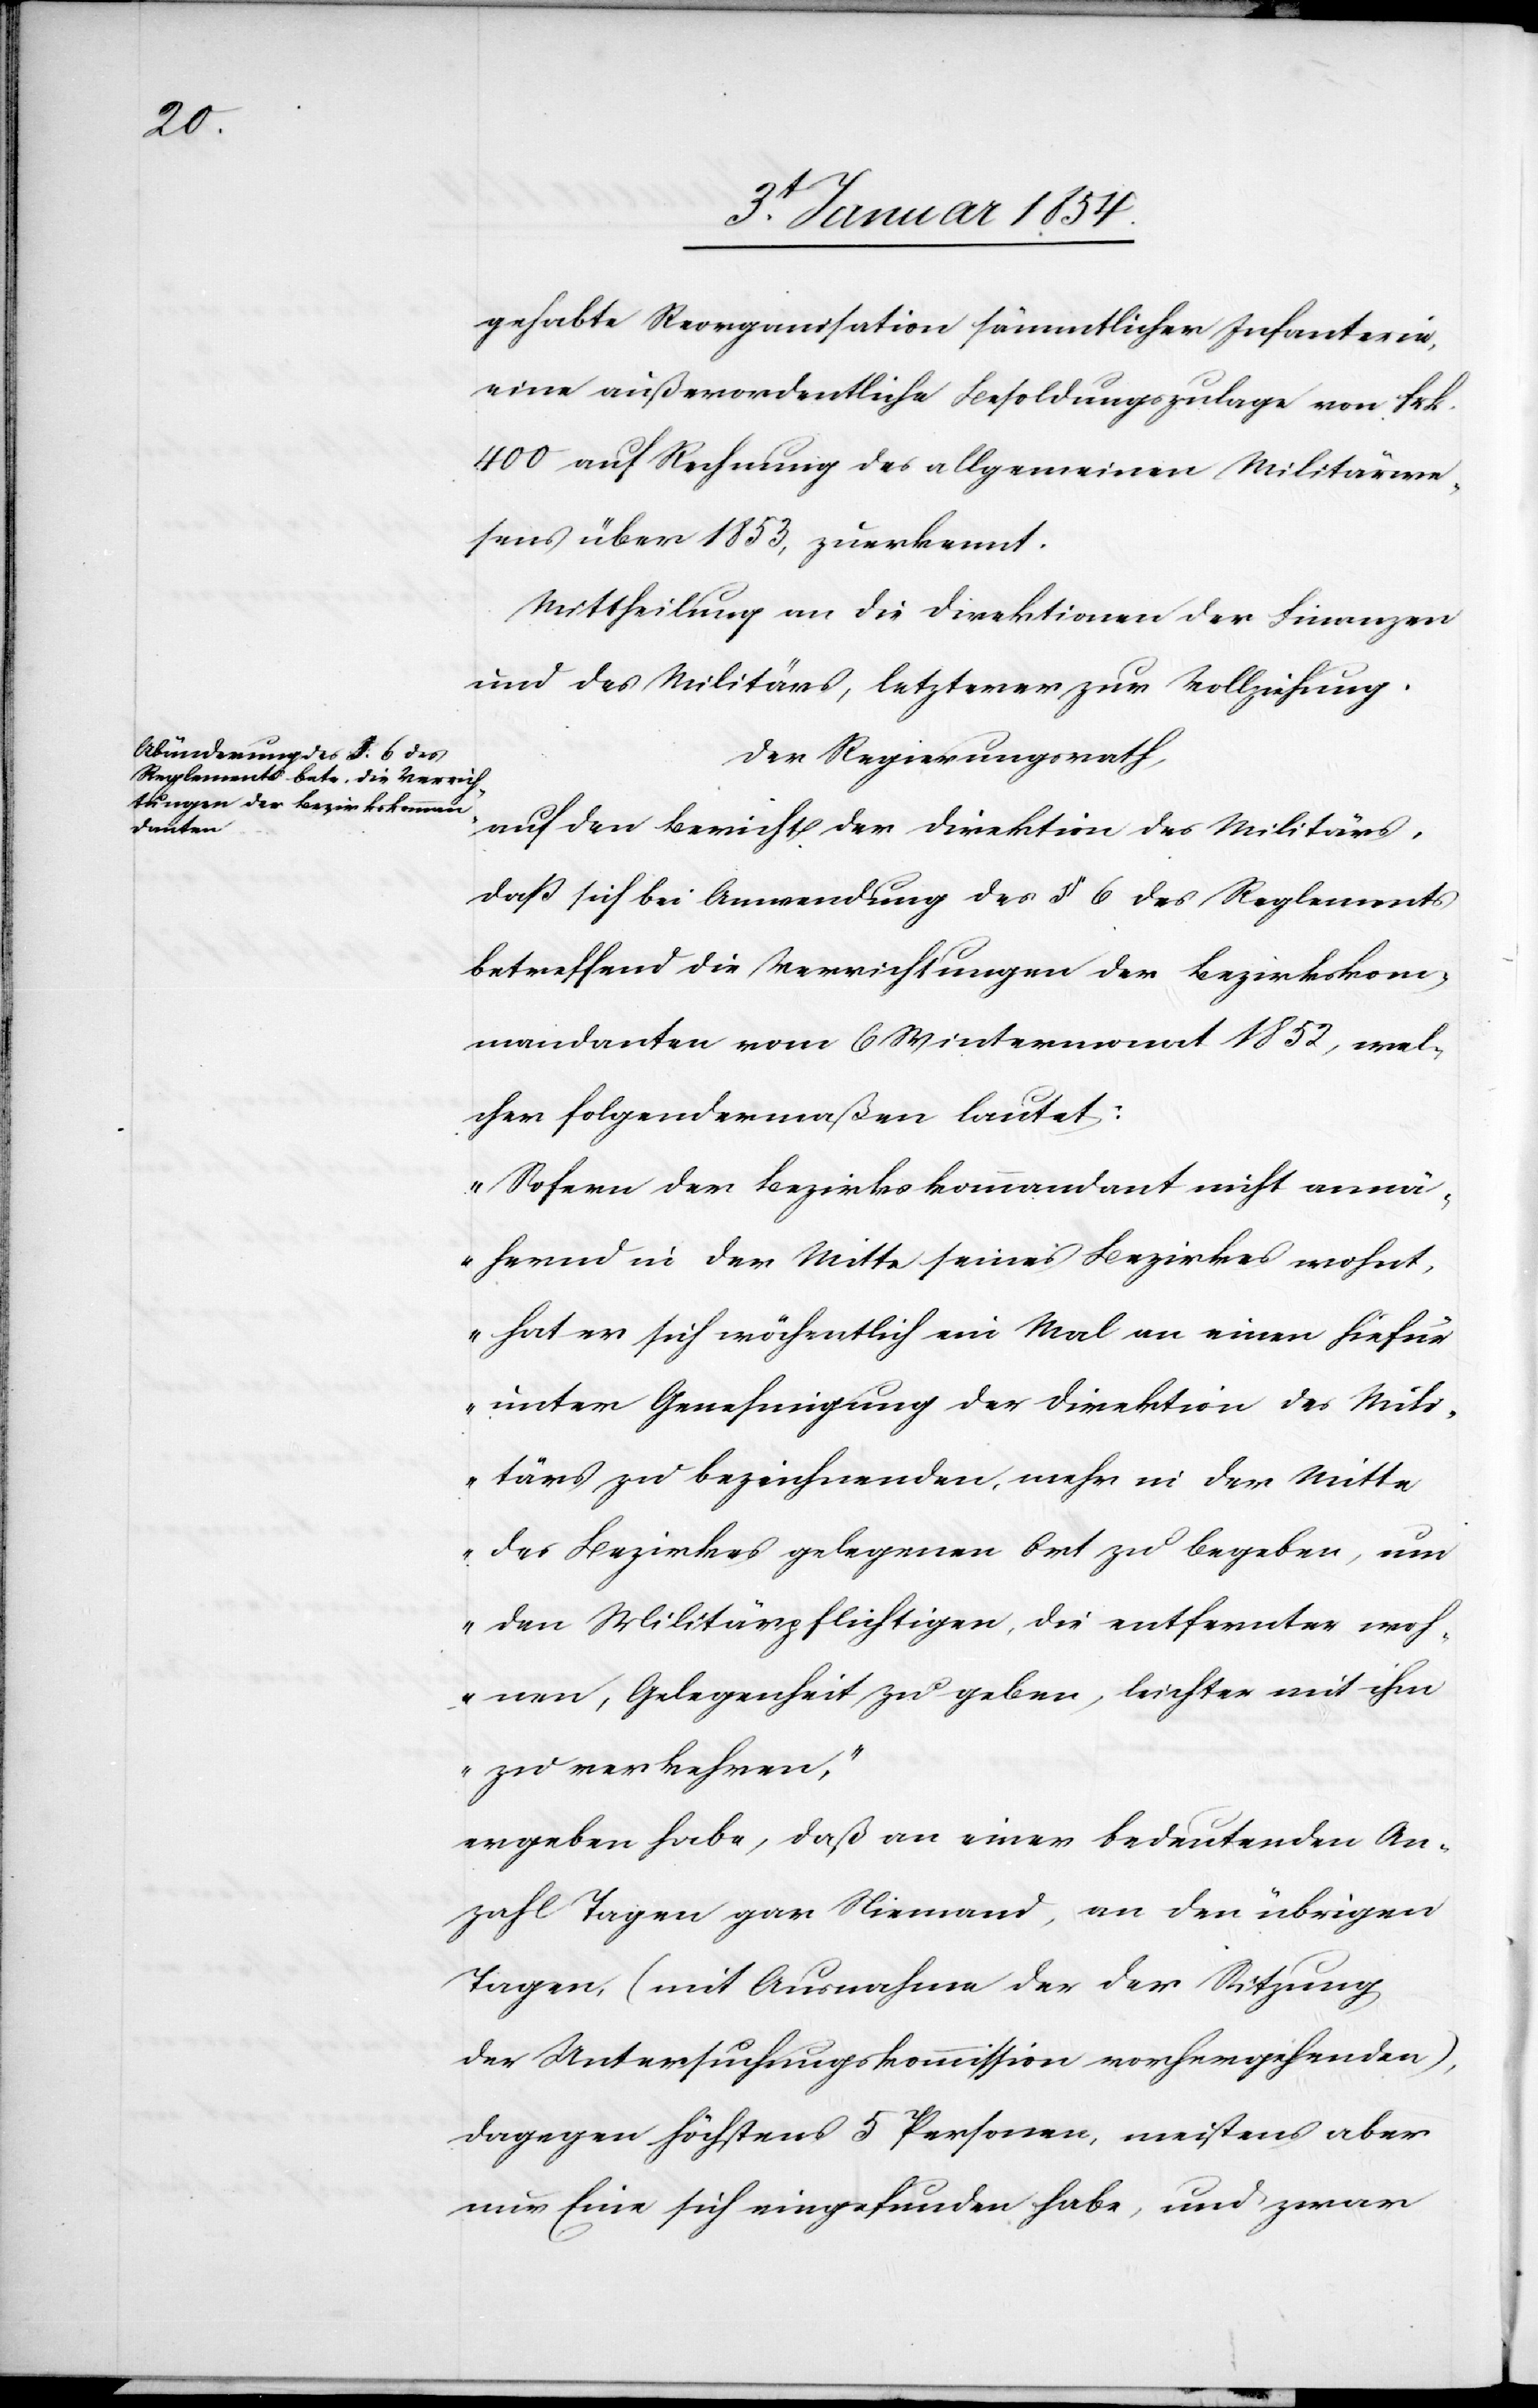
gehabte Reorganisation sämmtlicher Infanterie,
eine außerordentliche Besoldungszulage von Frk.
400 auf Rechnung des allgemeinen Militärwe¬
sens über 1853, zuerkannt.
Mittheilung an die Direktionen der Finanzen
und des Militärs, letzterer zur Vollziehung.
Der Regierungsrath,
auf den Bericht der Direktion des Militärs,
daß sich bei Anwendung des § 6 des Reglements
betreffend die Verrichtungen der Bezirkskom¬
mandanten vom 6 Wintermonat 1852, wel¬
cher folgendermaßen lautet:
„Sofern der Bezirkskommandant nicht annä¬
hernd in der Mitte seines Bezirkes wohnt,
hat er sich wöchentlich ein Mal an einen hiefür
unter Genehmigung der Direktion des Mili¬
tärs zu bezeichnenden, mehr in der Mitte
des Bezirkes gelegenen Ort zu begeben, um
den Militärpflichtigen, die entfernter woh¬
nen, Gelegenheit zu geben, leichter mit ihm
zu verkehren,“
ergeben habe, daß an einer bedeutenden An¬
zahl Tagen gar Niemand, an den übrigen
Tagen, (mit Ausnahme der der Sitzung
der Untersuchungskommission vorhergehenden),
dagegen höchstens 5 Personen, meistens aber
nur Eine sich eingefunden habe, und zwar